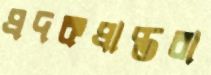
প্রদকপ্রাপ্তরা